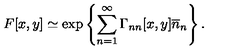
F [ x , y ] \simeq \exp \left\{ \sum _ { n = 1 } ^ { \infty } \Gamma _ { n n } [ x , y ] \overline { { n } } _ { n } \right\} .